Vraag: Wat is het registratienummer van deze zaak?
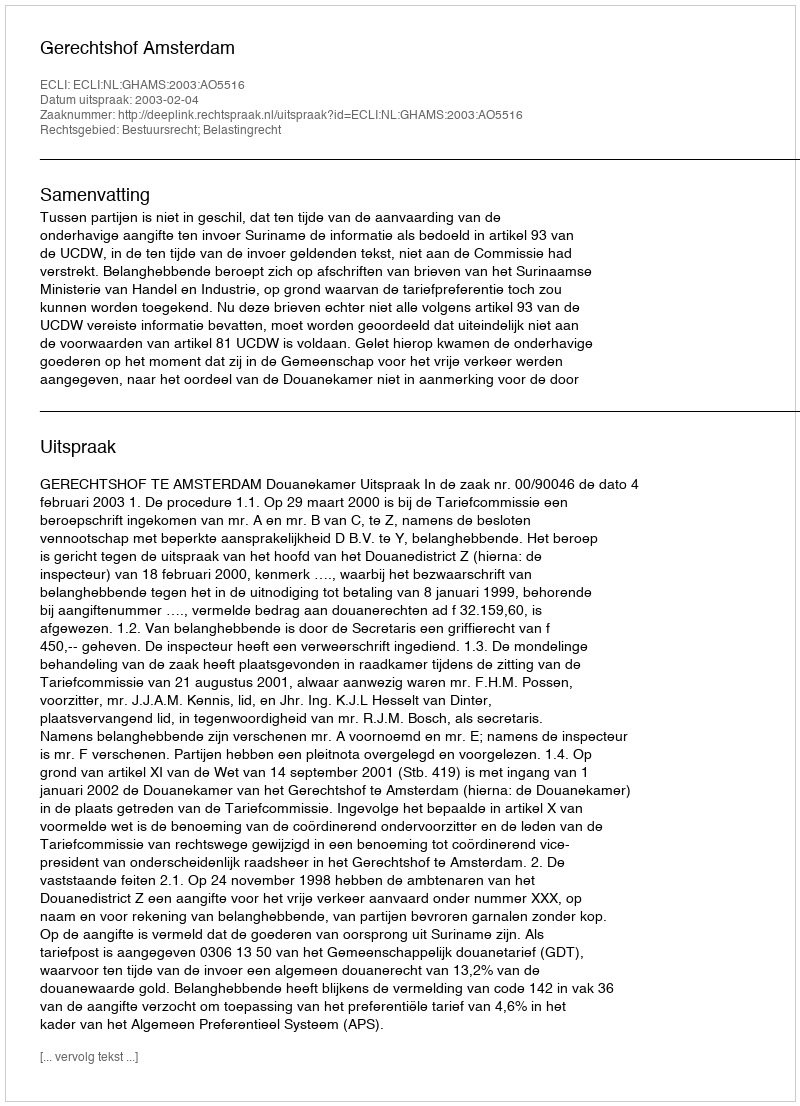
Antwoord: http://deeplink.rechtspraak.nl/uitspraak?id=ECLI:NL:GHAMS:2003:AO5516